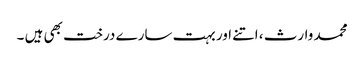
محمد وارث ، اتنے اور بہت سارے درخت بھی ہیں ۔